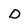
Character: D